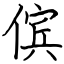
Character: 傧